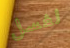
لغسل